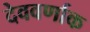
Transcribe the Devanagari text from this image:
देववर्णाक